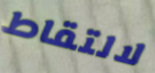
لالتقاط